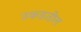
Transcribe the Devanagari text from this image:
उकडतील